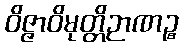
ဝိဇ္ဇာဝိမုတ္တိဉာဏဉ္စ